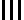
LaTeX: \operatorname{\mathsf{I}\mathsf{I}\mathsf{I}}